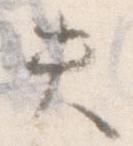
失